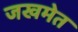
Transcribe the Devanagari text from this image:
जखमेत